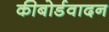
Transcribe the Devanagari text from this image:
कीबोर्डवादन